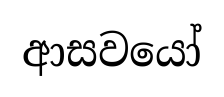
ආසවයෝ